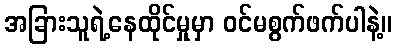
အခြားသူရဲ့နေထိုင်မှုမှာ ဝင်မစွက်ဖက်ပါနဲ့။